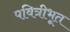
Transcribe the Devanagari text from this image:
पवित्रीभूत